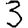
Digit: 3